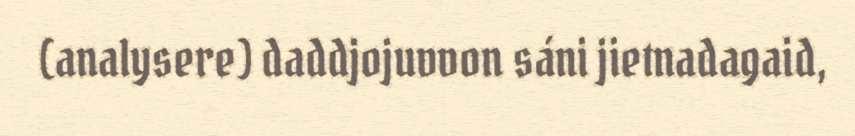
(analysere) daddjojuvvon sáni jietnadagaid,